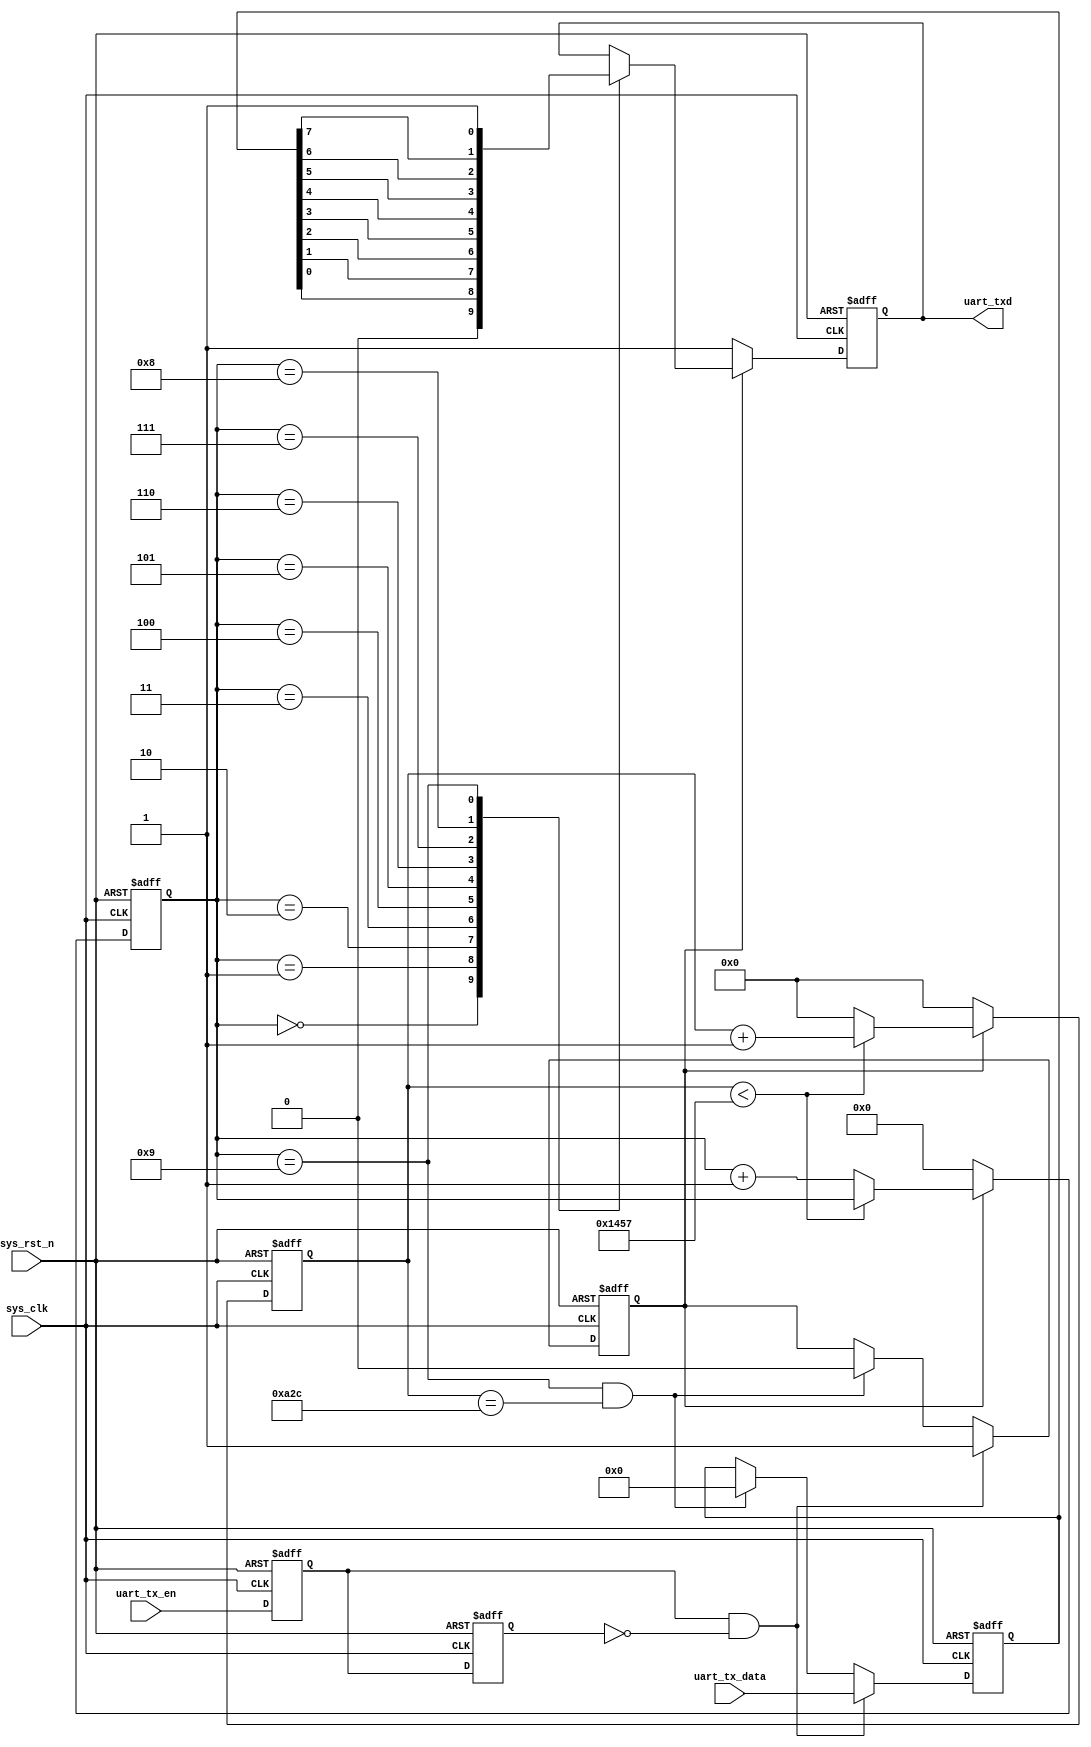
//
module uart_tx
#(
	parameter 		BPS		= 'd9_600		,	//
	parameter 		CLK_FRE	= 'd50_000_000		//
)
(
//
	input 			sys_clk			,			//
	input 			sys_rst_n		,			//
//	
	input	[7:0] 	uart_tx_data	,			//UARTuart_tx_en
	input			uart_tx_en		,			//
//UART		
	output reg 		uart_txd					//UART
);
 
//bit
localparam	BPS_CNT = CLK_FRE / BPS;
 
//reg define
reg 		uart_tx_en_d1	;					//1
reg			uart_tx_en_d0	;					//2
reg 		tx_en			;					//
reg [7:0]  	uart_data_reg	;					//
reg [15:0] 	clk_cnt			;					//bit
reg [3:0]  	bit_cnt			;					//bitbit
//wire define			
wire 		pos_uart_tx_en	;					//
 
//
assign pos_uart_tx_en = uart_tx_en_d0 && (~uart_tx_en_d1);
 
always @(posedge sys_clk or negedge sys_rst_n)begin
	if(!sys_rst_n)begin
		uart_tx_en_d0 <= 1'b0;
		uart_tx_en_d1 <= 1'b0;		
	end                  
	else begin           
		uart_tx_en_d0 <= uart_tx_en;
		uart_tx_en_d1 <= uart_tx_en_d0;
	end	
end
 
//,
always @(posedge sys_clk or negedge sys_rst_n)begin
	if(!sys_rst_n)begin
		tx_en <=1'b0;
		uart_data_reg <=8'd0;
	end
	else if(pos_uart_tx_en)begin								//
		uart_data_reg <= uart_tx_data;							//
		tx_en <= 1'b1;											//
	end	
	else if((bit_cnt == 4'd9) && (clk_cnt == BPS_CNT >> 1'b1))begin	//	
		tx_en <= 1'b0;                                          //
		uart_data_reg <= 8'd0;                                  //
	end
	else begin
		uart_data_reg <= uart_data_reg;
		tx_en <= tx_en;	
	end
end
//bit
always @(posedge sys_clk or negedge sys_rst_n)begin
	if(!sys_rst_n)begin
		clk_cnt <= 16'd0;
		bit_cnt <= 4'd0;
	end
	else if(tx_en) begin										//
		if(clk_cnt < BPS_CNT - 1'd1)begin						//bit
			clk_cnt <= clk_cnt + 1'b1;							//+1
			bit_cnt <= bit_cnt;									//bit
		end					
		else begin												//bit	
			clk_cnt <= 16'd0;									//
			bit_cnt <= bit_cnt+1'b1;							//bit+1bit
		end					
	end					
	else begin													//
		clk_cnt <= 16'd0;                   					//
		bit_cnt <= 4'd0;                    					//
	end
end
//uart
always @(posedge sys_clk or negedge sys_rst_n)begin
	if(!sys_rst_n)
		uart_txd <= 1'b1;										//
	else if(tx_en)                                  			//
		case(bit_cnt)											//
			4'd0: uart_txd <= 1'b0;								//
			4'd1: uart_txd <= uart_data_reg[0];     			//LSB
			4'd2: uart_txd <= uart_data_reg[1];     			//
			4'd3: uart_txd <= uart_data_reg[2];     			//
			4'd4: uart_txd <= uart_data_reg[3];     			//
			4'd5: uart_txd <= uart_data_reg[4];     			//
			4'd6: uart_txd <= uart_data_reg[5];     			//
			4'd7: uart_txd <= uart_data_reg[6];     			//
			4'd8: uart_txd <= uart_data_reg[7];     			//MSB
			4'd9: uart_txd <= 1'b1;								//
			default:;			
		endcase			
	else 														//
		uart_txd <= 1'b1;										//
end
 
endmodule